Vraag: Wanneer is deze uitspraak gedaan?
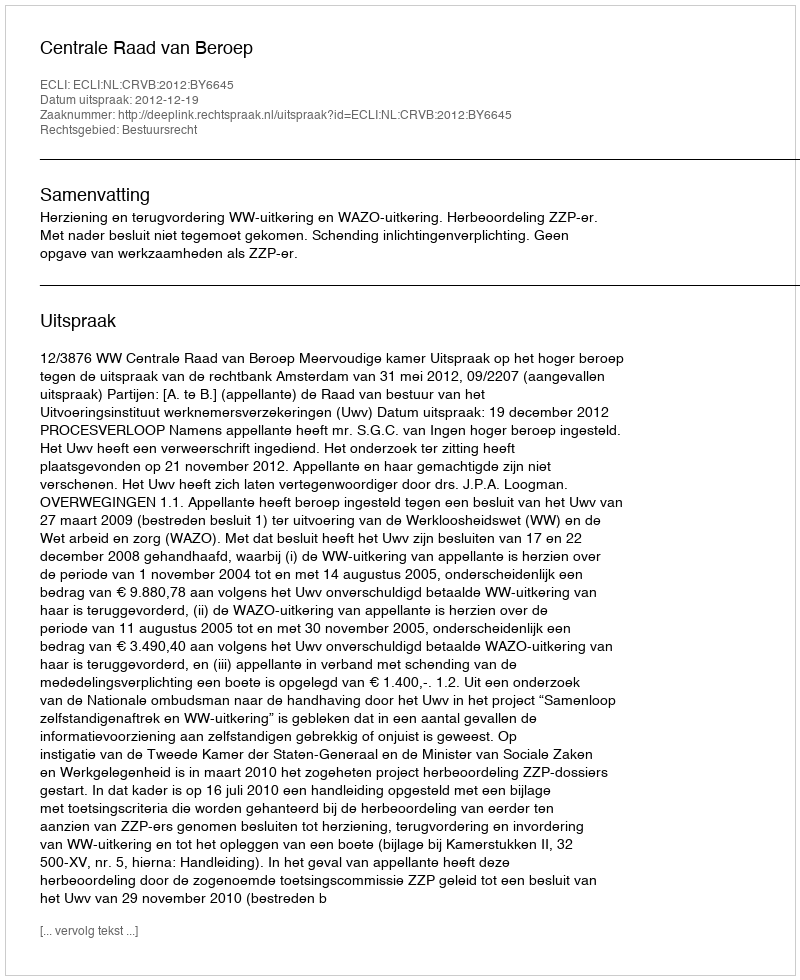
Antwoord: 2012-12-19